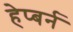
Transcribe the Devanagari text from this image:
हेप्बर्न